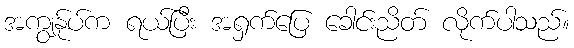
အကျွန်ုပ်က ရယ်ပြီး အရှက်ပြေ ခေါင်းညိတ် လိုက်ပါသည်။